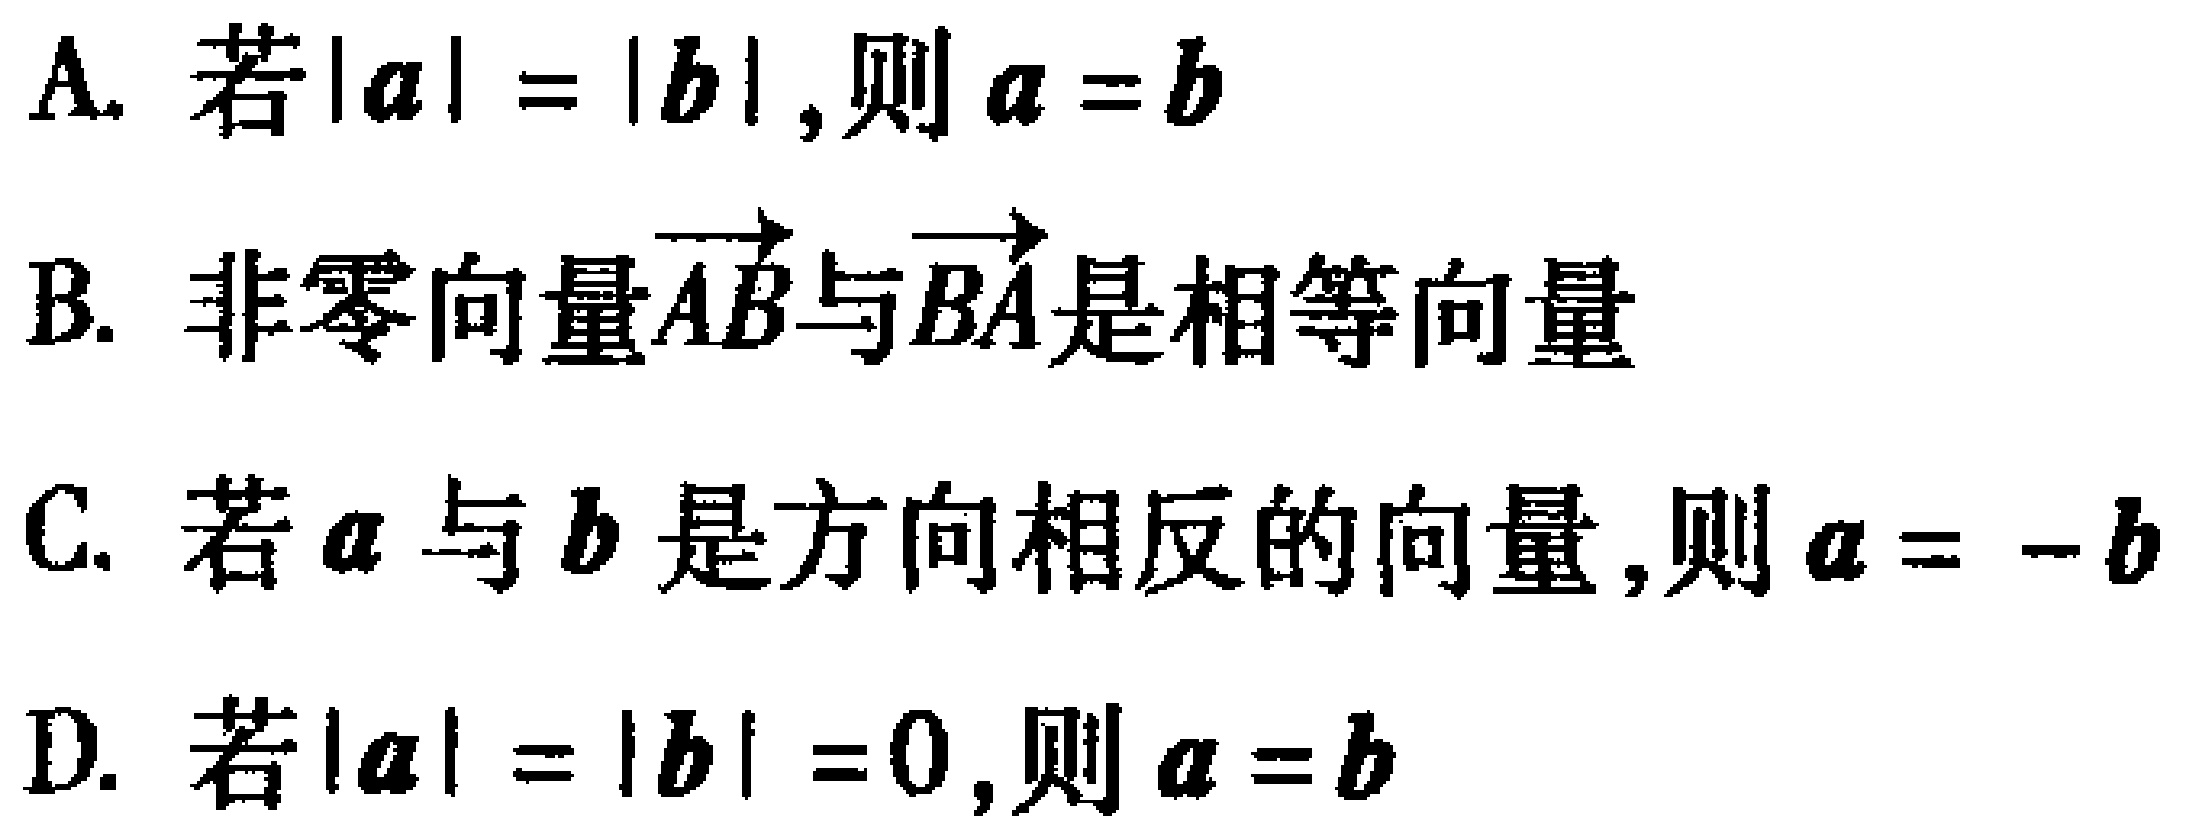
A. 若$|a| = |b|$,则$a = b$
B. 非零向量$\overrightarrow{AB}$与$\overrightarrow{BA}$是相等向量
C. 若$a$与$b$是方向相反的向量,则$a = -b$
D. 若$|a| = |b| = 0$,则$a = b$